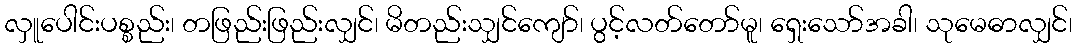
လှူပေါင်းပစ္စည်း၊ တဖြည်းဖြည်းလျှင်၊ မိတည်းသျှင်ကျော်၊ ပွင့်လတ်တော်မူ၊ ရှေးသော်အခါ၊ သုမေဓာလျှင်၊